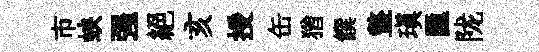
市蛺强絕亥授缶猶饌盩瑱匯陇